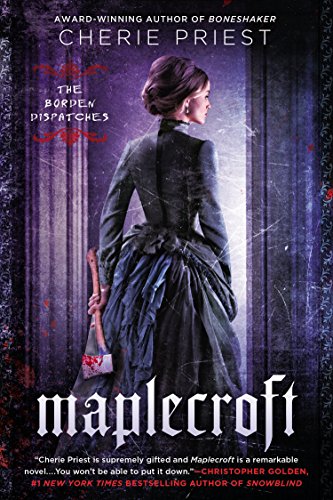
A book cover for Maplecroft; Cherie Priest; Science Fiction & Fantasy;